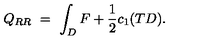
Q _ { R R } \ = \ \int _ { D } F + \frac { 1 } { 2 } c _ { 1 } ( T D ) .